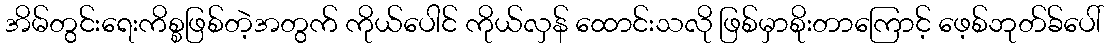
အိမ်တွင်းရေးကိစ္စဖြစ်တဲ့အတွက် ကိုယ်ပေါင် ကိုယ်လှန် ထောင်းသလို ဖြစ်မှာစိုးတာကြောင့် ဖေ့စ်ဘုတ်ခ်ပေါ်